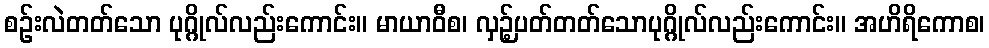
စဉ်းလဲတတ်သော ပုဂ္ဂိုလ်လည်းကောင်း။ မာယာဝီစ၊ လှဉ့်ပတ်တတ်သောပုဂ္ဂိုလ်လည်းကောင်း။ အဟိရိကောစ၊